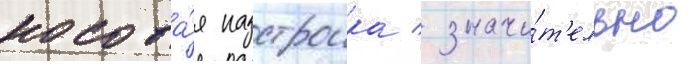
носова́я надстроика / значи́т'ельно